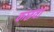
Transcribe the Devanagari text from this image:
कछवा